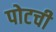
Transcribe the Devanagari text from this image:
पोटची